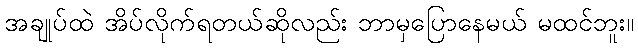
အချုပ်ထဲ အိပ်လိုက်ရတယ်ဆိုလည်း ဘာမှပြောနေမယ် မထင်ဘူး။